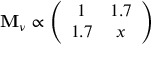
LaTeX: { \bf M } _ { \nu } \propto \left( \begin{array} { c c } { { 1 } } & { { 1 . 7 } } \\ { { 1 . 7 } } & { { x } } \end{array} \right)